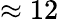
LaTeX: \approx 12